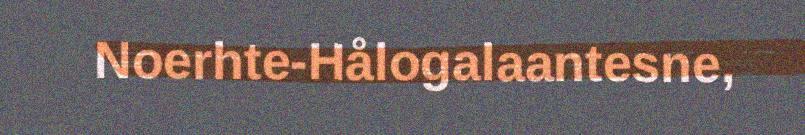
Noerhte-Hålogalaantesne,